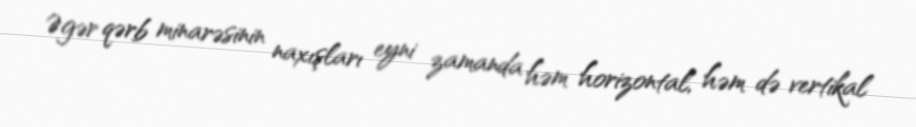
Əgər qərb minarəsinin naxışları eyni zamanda həm horizontal, həm də vertikal